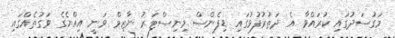
މަގުސަދުގައި ކުރައްވާ އެ ދަތުރުފުޅުގައި ޑިފެންސް މިނިސްޓަރު ނާޒިމް ވަނީ އިއްޔެގެ ވަގުތެއްގައި